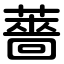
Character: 薔